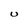
Character: U